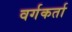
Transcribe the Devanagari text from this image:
वर्गकर्ता